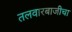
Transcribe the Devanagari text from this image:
तलवारबाजीचा